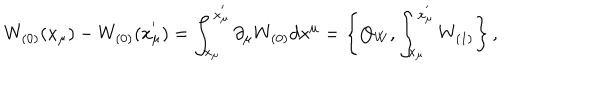
LaTeX: W _ { ( 0 ) } ( x _ { \mu } ) - W _ { ( 0 ) } ( x _ { \mu } ^ { ' } ) = \int _ { x _ { \mu } } ^ { x _ { \mu } ^ { ' } } \partial _ { \mu } W _ { ( 0 ) } d x ^ { \mu } = \left\{ Q _ { W } , \int _ { x _ { \mu } } ^ { x _ { \mu } ^ { ' } } W _ { ( 1 ) } \right\} ,